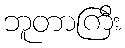
ဘူတာကြီး